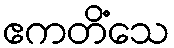
ဧကတိံသေ